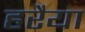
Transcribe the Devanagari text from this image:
हरैया